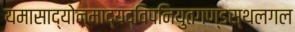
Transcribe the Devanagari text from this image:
यमासाद्योन्माद्यद्विपनियुतगण्डस्थलगल